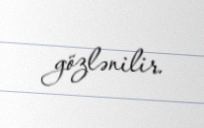
gözlənilir.